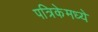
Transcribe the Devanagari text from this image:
पत्रिकेमध्ये